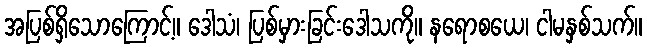
အပြစ်ရှိသောကြောင့်။ ဒေါသံ၊ ပြစ်မှားခြင်းဒေါသကို။ နရောစယေ၊ ငါမနှစ်သက်။